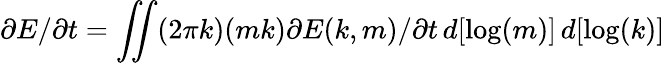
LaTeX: \partial E/\partial t=\iint(2\pi k)(mk)\partial E(k,m)/\partial t\, d[\log(m)]\, d[\log(k)]